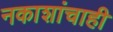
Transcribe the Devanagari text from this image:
नकाशांचाही